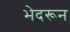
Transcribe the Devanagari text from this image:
भेदरून